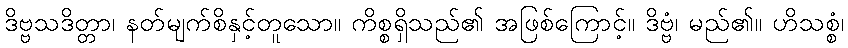
ဒိဗ္ဗသဒိတ္တာ၊ နတ်မျက်စိနှင့်တူသော။ ကိစ္စရှိသည်၏ အဖြစ်ကြောင့်။ ဒိဗ္ဗံ၊ မည်၏။ ဟိသစ္စံ၊